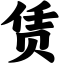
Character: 赁